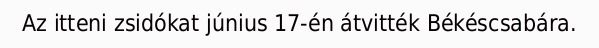
Az itteni zsidókat június 17-én átvitték Békéscsabára.